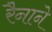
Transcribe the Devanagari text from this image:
रैनाने